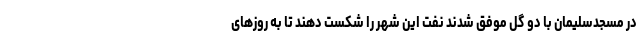
در مسجدسلیمان با دو گل موفق شدند نفت این شهر را شکست دهند تا به روزهای